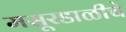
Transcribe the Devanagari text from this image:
मसूरडाळीचे